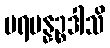
ပရမန္နဉ္စဒါသိ